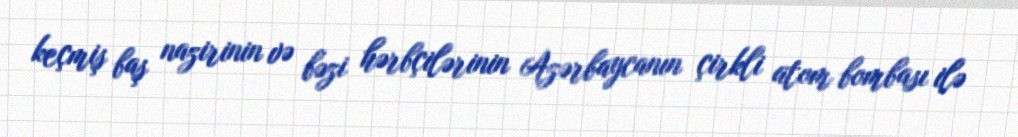
keçmiş baş nazirinin və bəzi hərbçilərinin Azərbaycanın çirkli atom bombası ilə